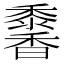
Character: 𩡠